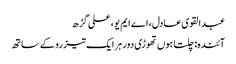
عبدالقوی عادل، اے ایم یو، علی گڑھ
آئندہ: چلتا ہوں تھوڑی دور ہر ایک تیز رو کے ساتھ